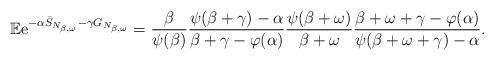
LaTeX: \begin{align*}{\mathbb E} {\rm e}^{-\alpha \bar S_{N_{\beta,\omega}} - \gamma G_{N_{\beta,\omega}}} = \frac{\beta}{\psi(\beta)} \frac{\psi(\beta+\gamma)-\alpha}{\beta+\gamma-\varphi(\alpha)} \frac{\psi(\beta+\omega)}{\beta+\omega} \frac{\beta+\omega+\gamma-\varphi(\alpha)}{\psi(\beta+\omega+\gamma)-\alpha}.\end{align*}